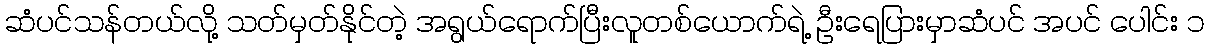
ဆံပင်သန်တယ်လို့ သတ်မှတ်နိုင်တဲ့ အရွယ်ရောက်ပြီးလူတစ်ယောက်ရဲ့ ဦးရေပြားမှာဆံပင် အပင် ပေါင်း ၁